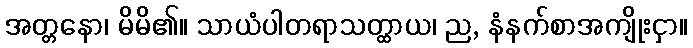
အတ္တနော၊ မိမိ၏။ သာယံပါတရာသတ္ထာယ၊ ည, နံနက်စာအကျိုးငှာ။